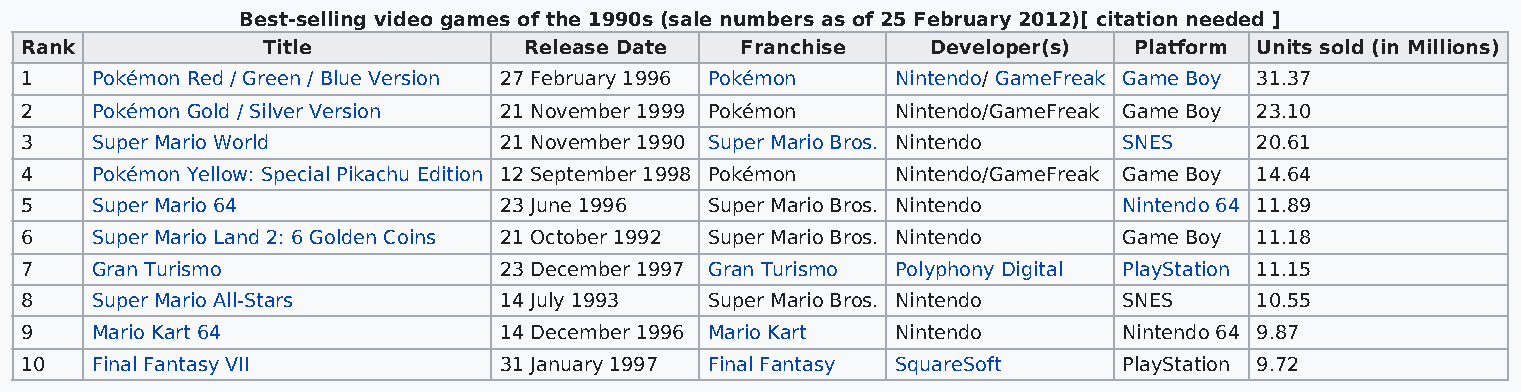
Best-selling video games of the 1990s (sale numbers as of 25 February 2012)[ citation needed ]
 Rank            Title             Release Date  Franchise    Developer(s) Platform Units sold (in Millions)
 1    Pokémon Red / Green / Blue Version 27 February 1996 Pokémon Nintendo/ GameFreak Game Boy 31.37
 2    Pokémon Gold / Silver Version 21 November 1999 Pokémon Nintendo/GameFreak Game Boy 23.10
 3    Super Mario World          21 November 1990 Super Mario Bros. Nintendo SNES  20.61
 4    Pokémon Yellow: Special Pikachu Edition 12 September 1998 Pokémon Nintendo/GameFreak Game Boy 14.64
 5    Super Mario 64             23 June 1996  Super Mario Bros. Nintendo Nintendo 64 11.89
 6    Super Mario Land 2: 6 Golden Coins 21 October 1992 Super Mario Bros. Nintendo Game Boy 11.18
 7    Gran Turismo               23 December 1997 Gran Turismo Polyphony Digital PlayStation 11.15
 8    Super Mario All-Stars      14 July 1993  Super Mario Bros. Nintendo SNES     10.55
 9    Mario Kart 64              14 December 1996 Mario Kart Nintendo     Nintendo 64 9.87
 10   Final Fantasy VII          31 January 1997 Final Fantasy SquareSoft PlayStation 9.72